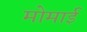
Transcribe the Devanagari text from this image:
मोमाई